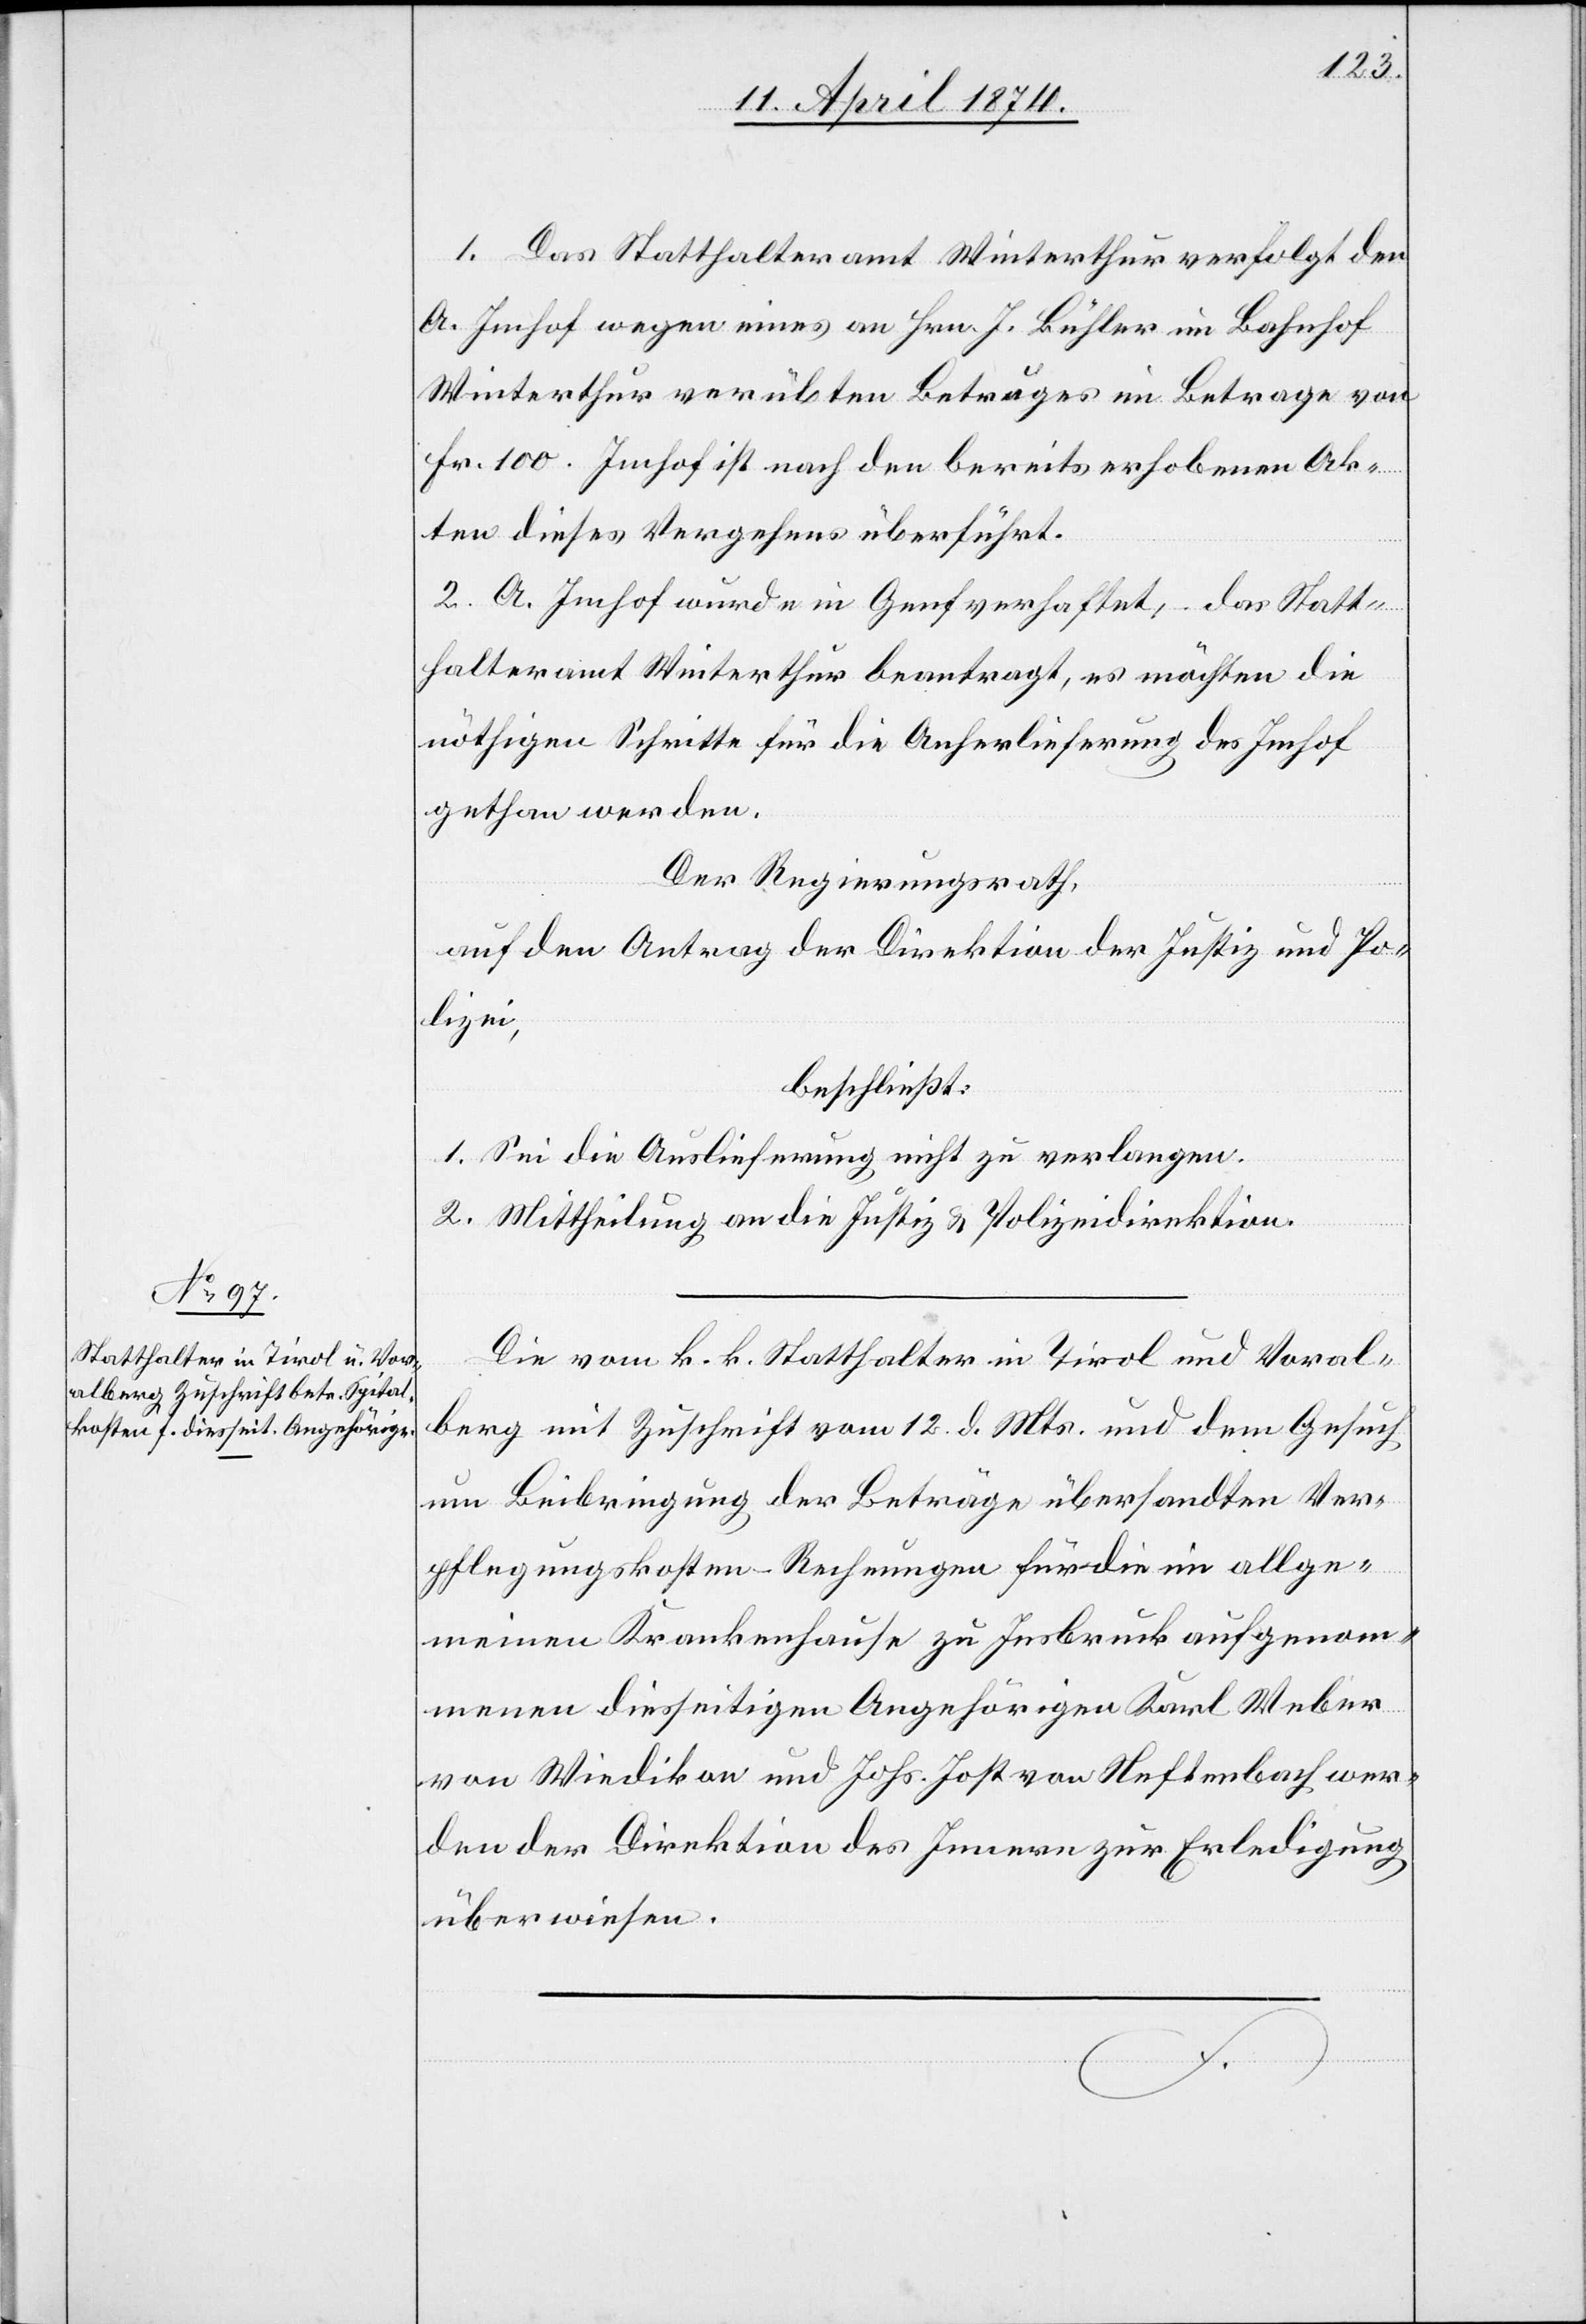
14. April 1874.]
1. Das Statthalteramt Winterthur verfolgt den
A. Imhof wegen eines an Hrn. J. Bühler im Bahnhof
Winterthur verübten Betruges im Betrage von
Fr. 100. Imhof ist nach den bereits erhobenen Ak¬
ten dieses Vergehens überführt.
2. A. Imhof wurde in Genf verhaftet, das Statt¬
halteramt Winterthur beantragt, es möchten die
nöthigen Schritte für die Anherlieferung des Imhof
gethan werden.
Der Regierungsrath,
auf den Antrag der Direktion der Justiz und Po¬
lizei,
beschließt:
1. Sei die Auslieferung nicht zu verlangen.
2. Mittheilung an die Justiz u. Polizeidirektion.
Die vom k. k. Statthalter in Tirol und Voral¬
berg mit Zuschrift vom 12. d. Mts. und dem Gesuch
um Beibringung der Beträge übersandten Ver¬
pflegungskosten Rechnungen für die im allge¬
meinen Krankenhause zu Insbruck aufgenom¬
mene diesseitigen Angehörigen Karl Weber
von Wiedikon und Johs. Jost von Neftenbach wer¬
den der Direktion des Innern zur Erledigung
überwiesen.